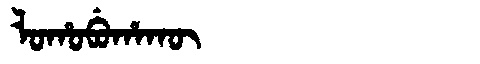
Manchu: ᠯᠣᡥᠣᠪᡠᡥᠠᡴᡡ
Romanization: LOHOBUHAKŪ